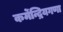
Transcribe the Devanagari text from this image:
कर्मेन्द्रियगणा